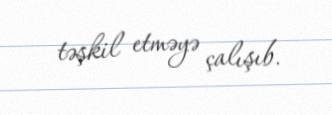
təşkil etməyə çalışıb.